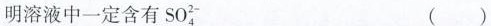
明溶液中一定含有SO_{4}^{2-} ( )